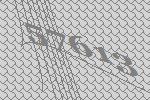
57613